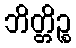
ဘိတ္တိဉ္စ